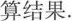
算结果。